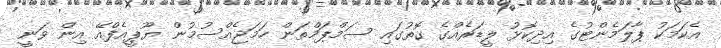
އެކަމަކު ޕާލަމެންޓުގެ އިދިކޮޅު ލީޑަރެއްގެ ގޮތުގައި ސަމްޕަމްތަން ހަމަޖެއްސުމުން ޔޫޕީއެފްއޭ އިން ވަނީ